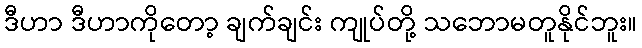
ဒီဟာ ဒီဟာကိုတော့ ချက်ချင်း ကျုပ်တို့ သဘောမတူနိုင်ဘူး။